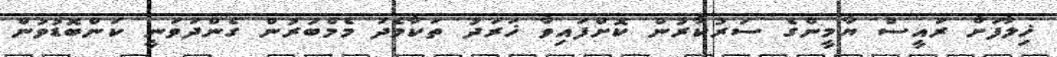
ޚިލާފަށް ރައީސް ޔާމީންގެ ސަރުކާރުން ކޮށްފައިވާ ޚަރަދު ތަކާމެދު މެމްބަރުން ގެންދަވަނީ ކަންބޮޑުވުން